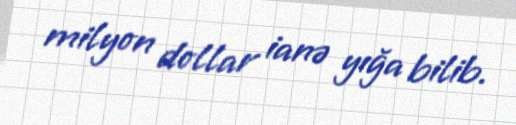
milyon dollar ianə yığa bilib.